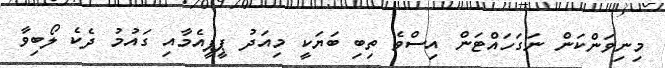
މިނިވަންކަން ނަގަހައްޓަން އިސްވެ ތިބި ބަޔަކީ މިއަދު ޕީޕީއެމާއި ގައުމު ދެކެ ލޯބިވާ